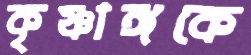
কৃষ্ণাঙ্গকে